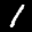
Label: 1